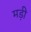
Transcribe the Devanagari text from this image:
मड़ी